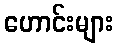
ဟောင်းများ